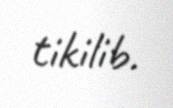
tikilib.